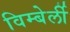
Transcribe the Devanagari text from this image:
विम्बेर्ली